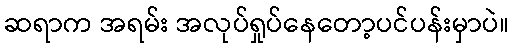
ဆရာက အရမ်း အလုပ်ရှုပ်နေတော့ပင်ပန်းမှာပဲ။